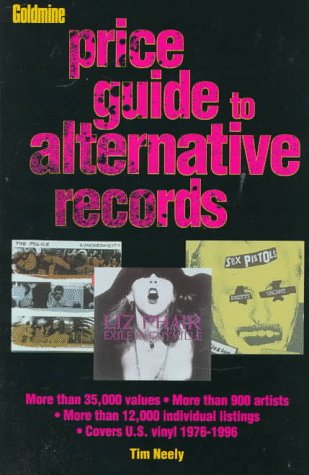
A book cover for Goldmine's Price Guide to Alternative Records; Tim Neely; Crafts, Hobbies & Home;